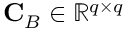
\mathbf { C } _ { B } \in \mathbb { R } ^ { q \times q }